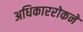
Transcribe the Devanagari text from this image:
अधिकाररोकने